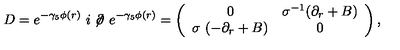
D = e ^ { - \gamma _ { 5 } \phi ( r ) \ } i \not \! \partial \ e ^ { - \gamma _ { 5 } \phi ( r ) } = \left( \begin{array} { c c } { 0 } & { \sigma ^ { - 1 } ( \partial _ { r } + B ) } \\ { \sigma \ ( - \partial _ { r } + B ) } & { 0 } \\ \end{array} \right) ,